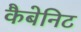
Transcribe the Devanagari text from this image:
कैबेनिट